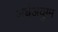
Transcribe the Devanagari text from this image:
अर्धअयुग्म